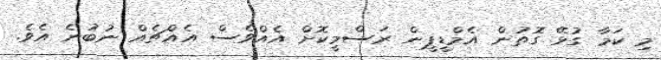
މި ކަމާ ގުޅޭ ގޮތުން އެމްޑީޕީން ރަސްމީކޮށް އެއްވެސް އެއްޗެއް ނުބުނެ އެވެ.